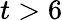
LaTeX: t>6